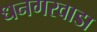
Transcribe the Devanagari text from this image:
धनगरवाडा